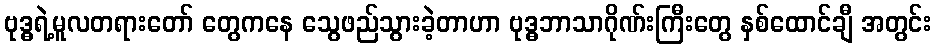
ဗုဒ္ဓရဲ့မူလတရားတော် တွေကနေ သွေဖည်သွားခဲ့တာဟာ ဗုဒ္ဓဘာသာဂိုဏ်းကြီးတွေ နှစ်ထောင်ချီ အတွင်း